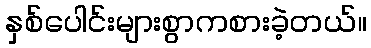
နှစ်ပေါင်းများစွာကစားခဲ့တယ်။